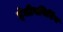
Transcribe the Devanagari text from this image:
इंजीनयिरिंग